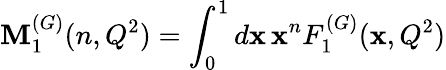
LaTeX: \mathbf{M}_{1}^{(G)}(n,Q^{2})=\int_{0}^{1}d\mathbf{x}\, \mathbf{x}^{n}F_{1}^{(G)}(\mathbf{x},Q^{2})